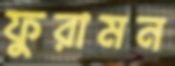
ফুরামন